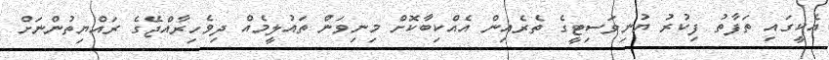
އެކީގައި ތަފާތު ފިކުރު ޔުނިވަސިޓީގެ ތެރެއިން އެއްކިބާކޮށް މިނިވަން ތައުލީމެއް ދިވެހިރާއްޖޭގެ ރައްޔިތުންނަށް